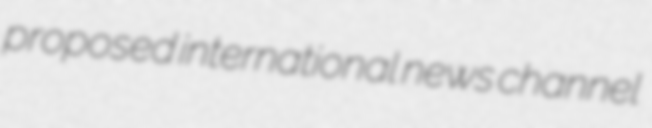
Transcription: proposed international news channel